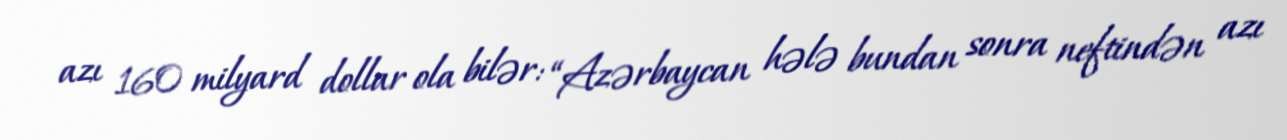
azı 160 milyard dollar ola bilər: “Azərbaycan hələ bundan sonra neftindən azı